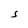
Character: S